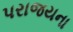
પરાજયના